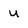
Character: u